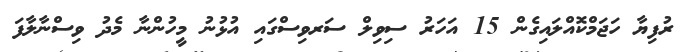
ރުފިޔާ ހަޖަމްކޮއްލައިގެން 15 އަހަރު ސިވިލް ސަރވިސްގައި އުޅުނު މީހުންނާ މެދު ވިސްނާލާފަ